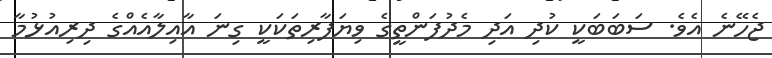
ޖެހޭނެ އެވެ. ސަބަބަކީ ކުދި އަދި މެދުފަންތީގެ ވިޔަފާރިތަކަކީ ގިނަ އާއިލާއެއްގެ ދިރިއުޅުމާ